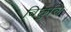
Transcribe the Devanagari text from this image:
बिछुलि